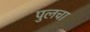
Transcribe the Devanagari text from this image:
पुलचा